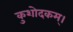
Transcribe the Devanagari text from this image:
कुशोदकम्।